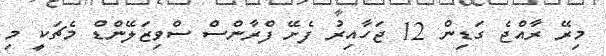
މިރޭ ރާއްޖެ ގަޑިން 12 ޖަހާއިރު ފެށޭ ފްރާންސް ސްވިޒަލޭންޑް މެޗަކީ މި